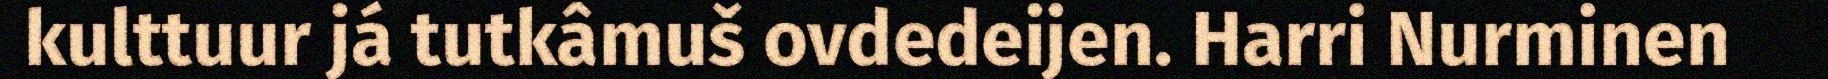
kulttuur já tutkâmuš ovdedeijen. Harri Nurminen